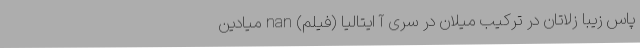
پاس زیبا زلاتان در ترکیب میلان در سری آ ایتالیا (فیلم) nan میادین